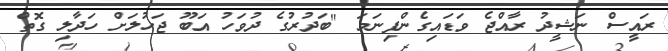
ރައީސް ނަޝީދު ރާއްޖެ ވަޑައިގެންފިނަމަ "ބަދުރުގެ ދުވަހު އަބޫ ޖަހުލަށް ހަދާލި ގޮތް